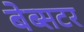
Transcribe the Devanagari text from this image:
बेब्सटर